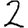
Digit: 2